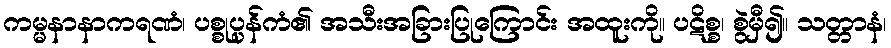
ကမ္မနာနာကရဏံ၊ ပစ္စုပ္ပန်ကံ၏ အသီးအခြားပြုကြောင်း အထူးကို။ ပဋိစ္စ၊ စွဲမှီ၍။ သတ္တာနံ၊